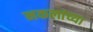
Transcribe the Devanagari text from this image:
नकलांच्या